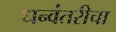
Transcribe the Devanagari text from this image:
धन्वंतरीचा